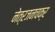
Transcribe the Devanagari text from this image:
नेत्रजनचक्र